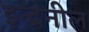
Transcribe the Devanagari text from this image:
इन्द्रनील